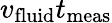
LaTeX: v_{\mathrm{fluid}}t_{\mathrm{meas}}